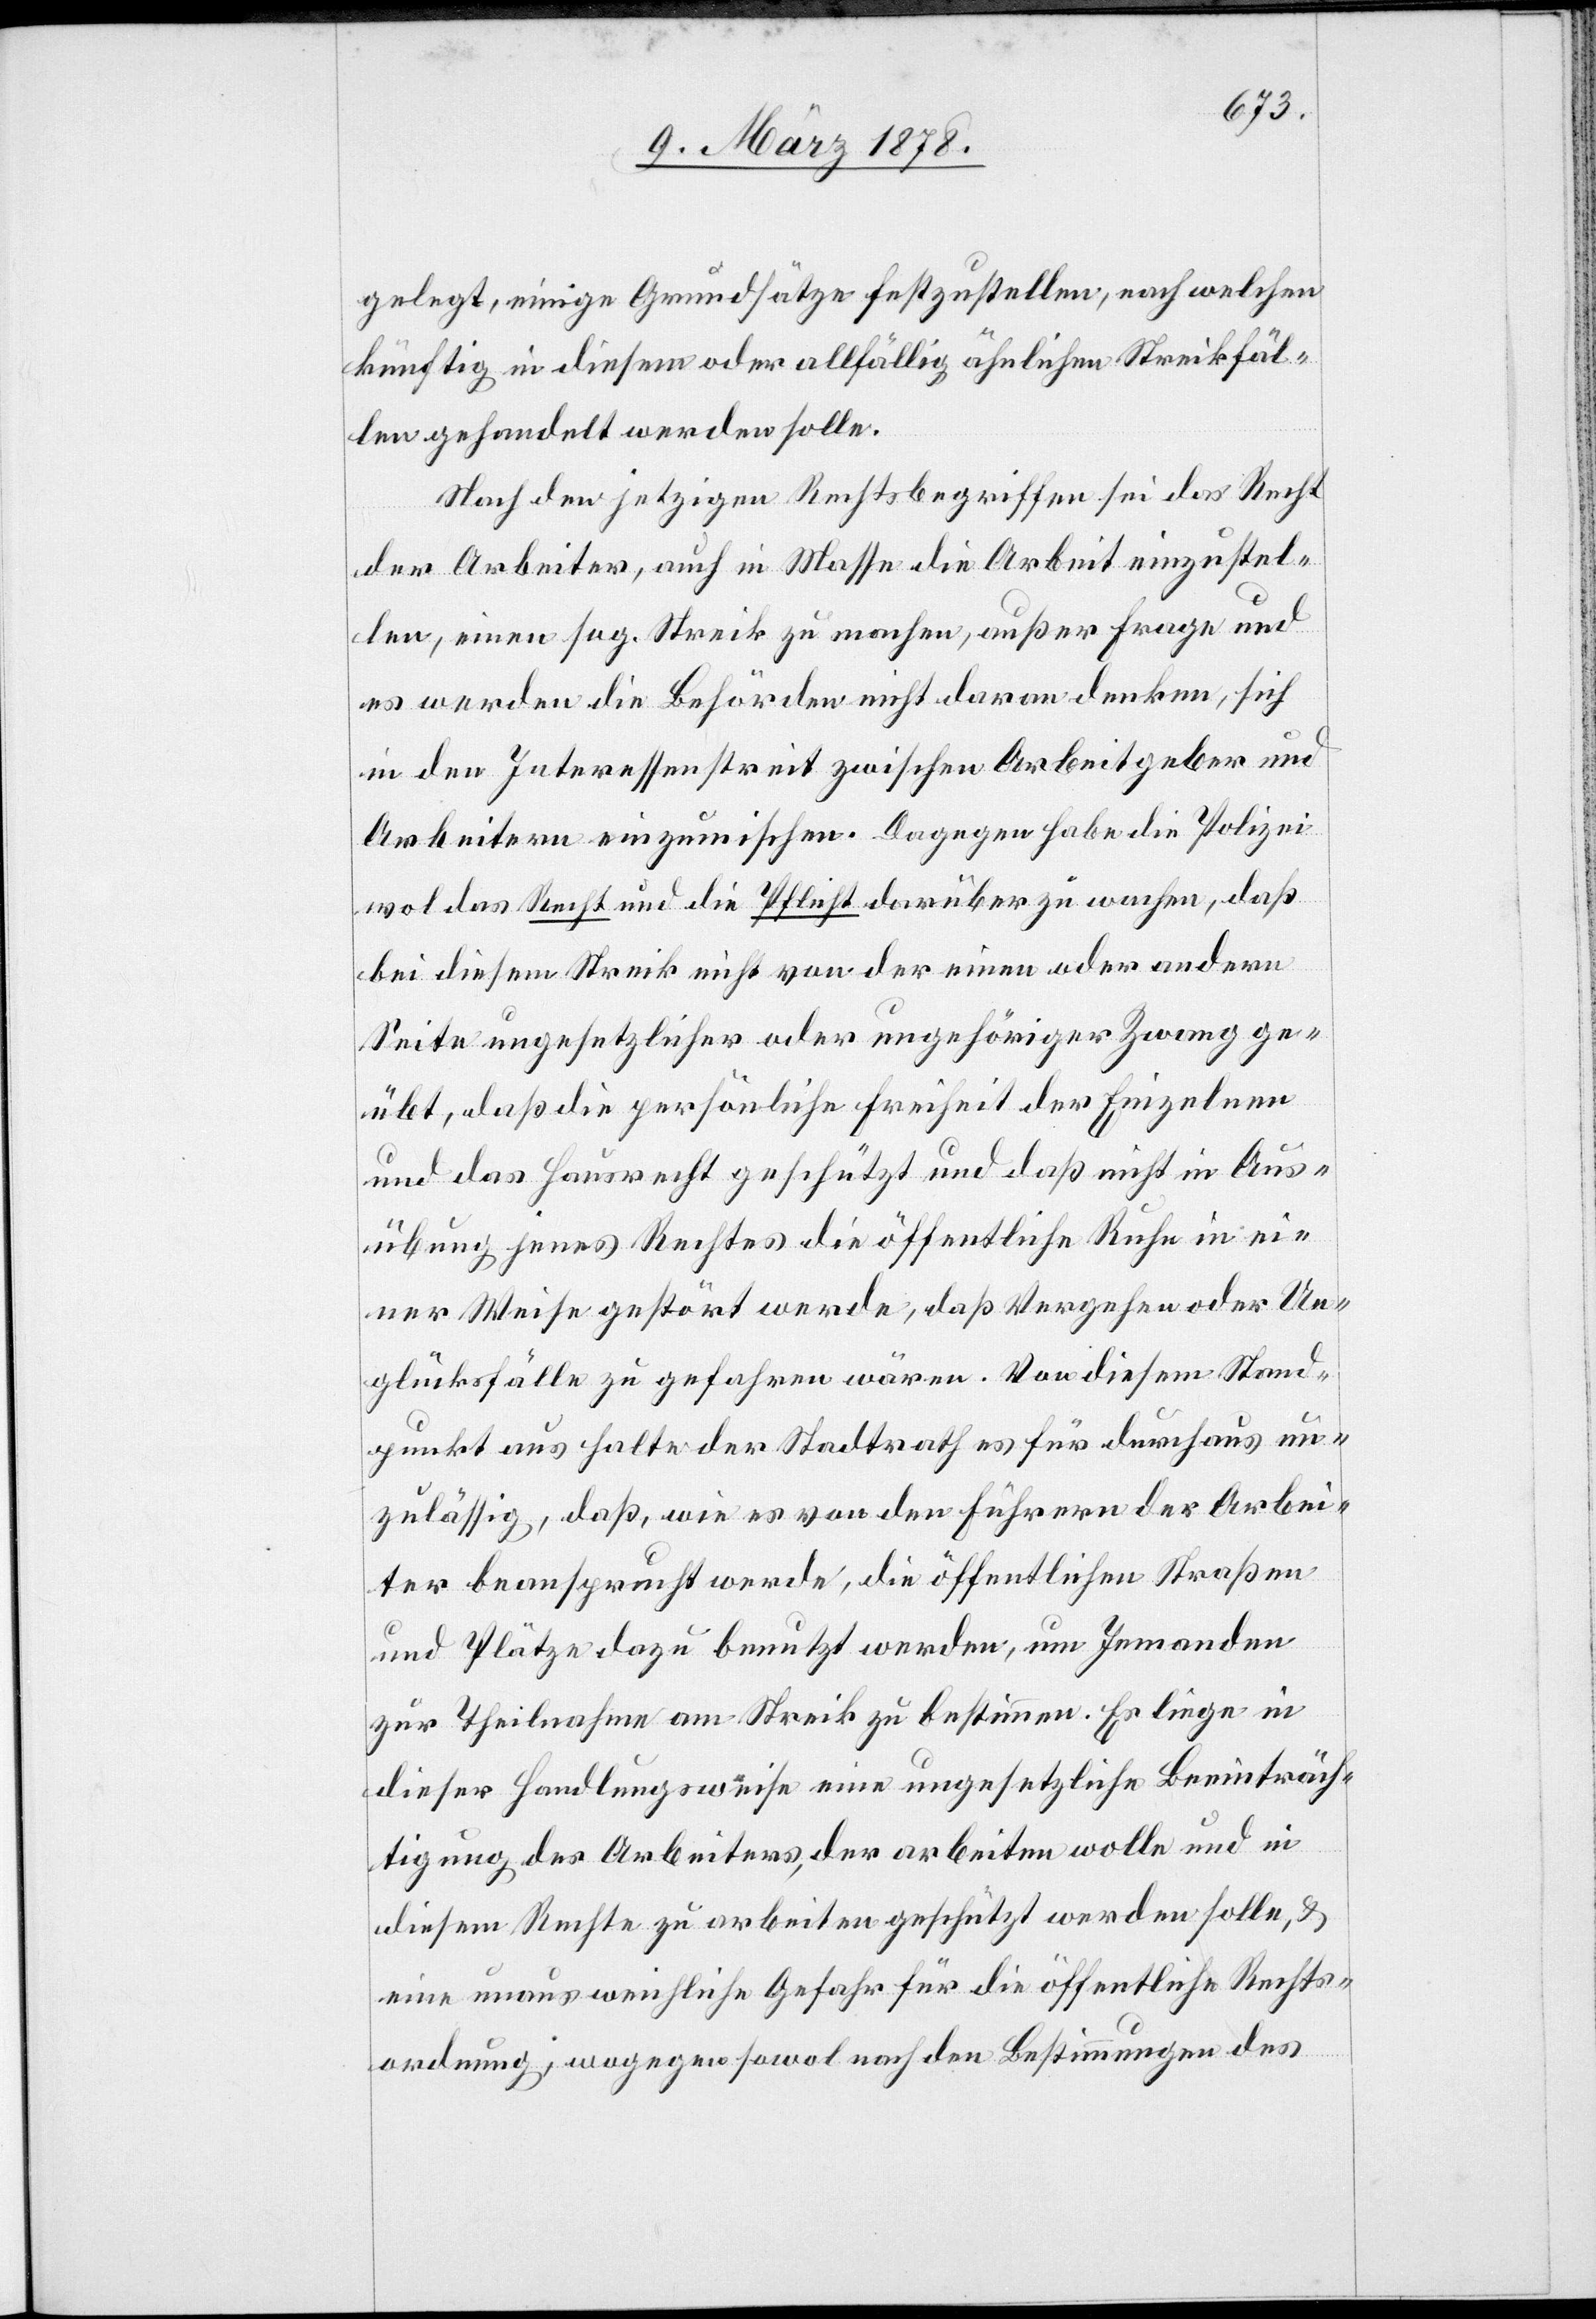
gelegt, einige Grundsätze festzustellen, nach welchen
künftig in diesem oder allfällig ähnlichen Streikfäl¬
len gehandelt werden solle.
Nach den jetzigen Rechtsbegriffen sei das Recht
der Arbeiter, auch in Massen die Arbeit einzustel¬
len, einen sog. Streik zu machen, außer Frage und
es werden die Behörden nicht daran denken, sich
in den Interessenstreit zwischen Arbeitgeber und
Arbeitern einzumischen. Dagegen habe die Polizei
wol das Recht und die Pflicht darüber zu wachen, daß
bei diesem Streik nicht von der einen oder andern
Seite ungesetzlicher oder ungehöriger Zwang ge¬
übt, daß die persönliche Freiheit der Einzelnen
und das Hausrecht geschützt und daß nicht in Aus¬
übung jenes Rechtes die öffentliche Ruhe in ei¬
ner Weise gestört werde, daß Vergehen oder Un¬
glücksfälle zu gefahren wären. Von diesem Stand¬
punkt aus halte der Stadtrath es für durchaus un¬
zulässig, daß wie es von den Führern der Arbei¬
ter beansprucht werde, die öffentlichen Straßen
und Plätze dazu benutzt werden, um Jemanden
zur Theilname am Streik zu bestimmen. Es liege in
dieser Handlungsweise einen ungesetzliche Beeinträch¬
tigung des Arbeiters, der arbeiten wolle und in
diesem Rechte zu arbeiten geschützt werden solle, &
eine unausweichliche Gefahr für die öffentliche Rechts¬
ordnung, wogegen sowol nach den Bestimmungen des